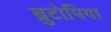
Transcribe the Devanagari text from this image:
ब्रुटोपिया